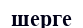
шерге